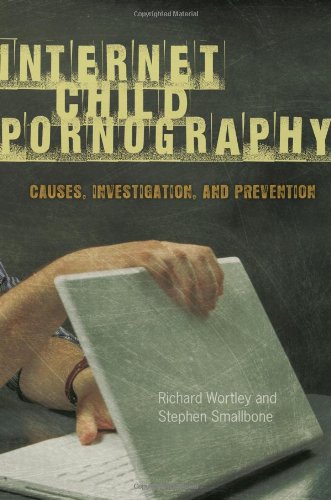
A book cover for Internet Child Pornography: Causes, Investigation, and Prevention (Global Crime and Justice); Richard Wortley; Politics & Social Sciences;